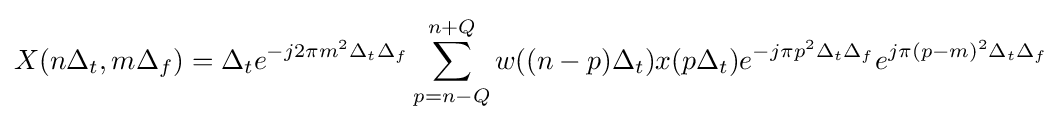
X(n\Delta _{t},m\Delta _{f})=\Delta _{t}e^{-j2\pi m^{2}\Delta _{t}\Delta _{f}}\sum _{p=n-Q}^{n+Q}w((n-p)\Delta _{t})x(p\Delta _{t})e^{-j\pi p^{2}\Delta _{t}\Delta _{f}}e^{j\pi (p-m)^{2}\Delta _{t}\Delta _{f}}